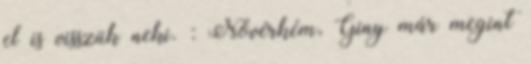
el is visszük neki. : Nővérkém, Giny már megint